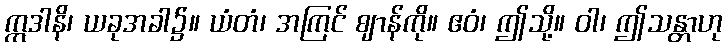
ဣဒါနိ၊ ယခုအခါ၌။ ယံတံ၊ အကြင် ဈာန်ကို။ ဧဝံ၊ ဤသို့။ ဝါ၊ ဤသန္တာဟု